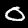
Label: 0